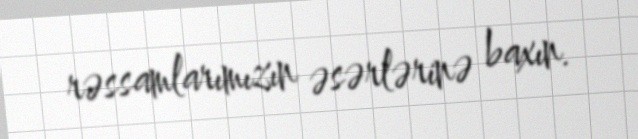
rəssamlarımızın əsərlərinə baxın.